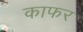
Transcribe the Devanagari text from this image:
काफर